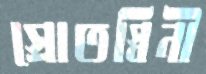
স্রোতস্বিনী